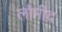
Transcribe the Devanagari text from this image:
लौमीद